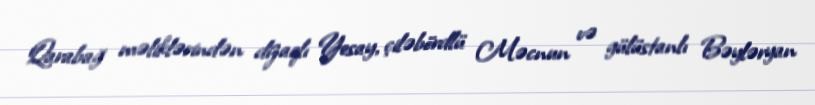
Qarabağ məliklərindən dizaqlı Yesay, çiləbördlü Məcnun və gülüstanlı Bəyləryan